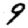
Digit: 9